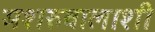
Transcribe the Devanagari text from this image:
मशरुवालाशी